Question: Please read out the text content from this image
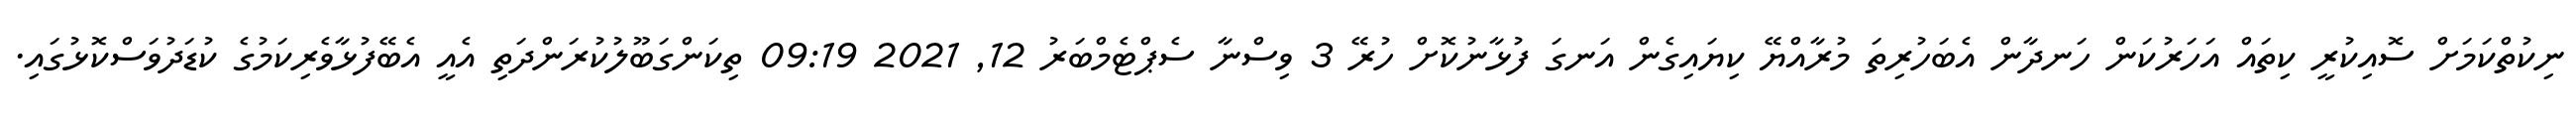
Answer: ނިކުތްކަމަށް ސޮއިކުރީ ކިތައް އަހަރުކަން ހަނދާން އެބަހުރިތަ މުރާއްޔޭ ކިޔައިގެން އަނގަ ފުޅާނުކޮށް ހުރޭ 3 ވިސްނާ ސެޕްޓެމްބަރު 12, 2021 09:19 ތިކަންގަބޫލުކުރަންދަތި އެއީ އެބޭފުޅާވެރިކަމުގެ ކުޑަދުވަސްކޮޅުގައި.